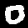
Digit: 0